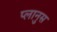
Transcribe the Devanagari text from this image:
प्लानुस